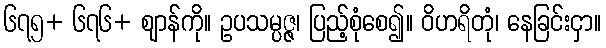
၆၇၅+ ၆၇၆+ ဈာန်ကို။ ဥပသမ္ပဇ္ဇ၊ ပြည့်စုံစေ၍။ ဝိဟရိတုံ၊ နေခြင်းငှာ။